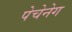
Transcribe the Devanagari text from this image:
पेचेनेग